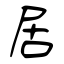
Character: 居